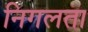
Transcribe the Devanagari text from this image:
निगलता